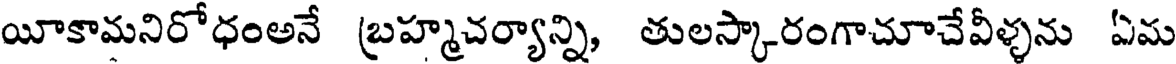
యీకామనిరోధంఅనే బ్రహ్మచర్యాన్ని, తులస్కారంగాచూచేవీళ్ళను ఏమ